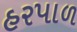
હરપાળ